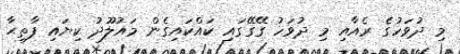
މި ދުވަހުގެ ރެއާއި މި ދުވަހު ގޭގޭގައި ކައްކައިގެން މައުލޫދު ކިޔައި ފާތިޙާ